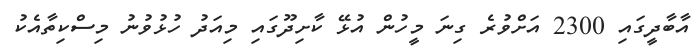
އާބާދީގައި 2300 އަށްވުރެ ގިނަ މީހުން އުޅޭ ކާށިދޫގައި މިއަދު ހުޅުވުނު މިސްކިތާއެކު